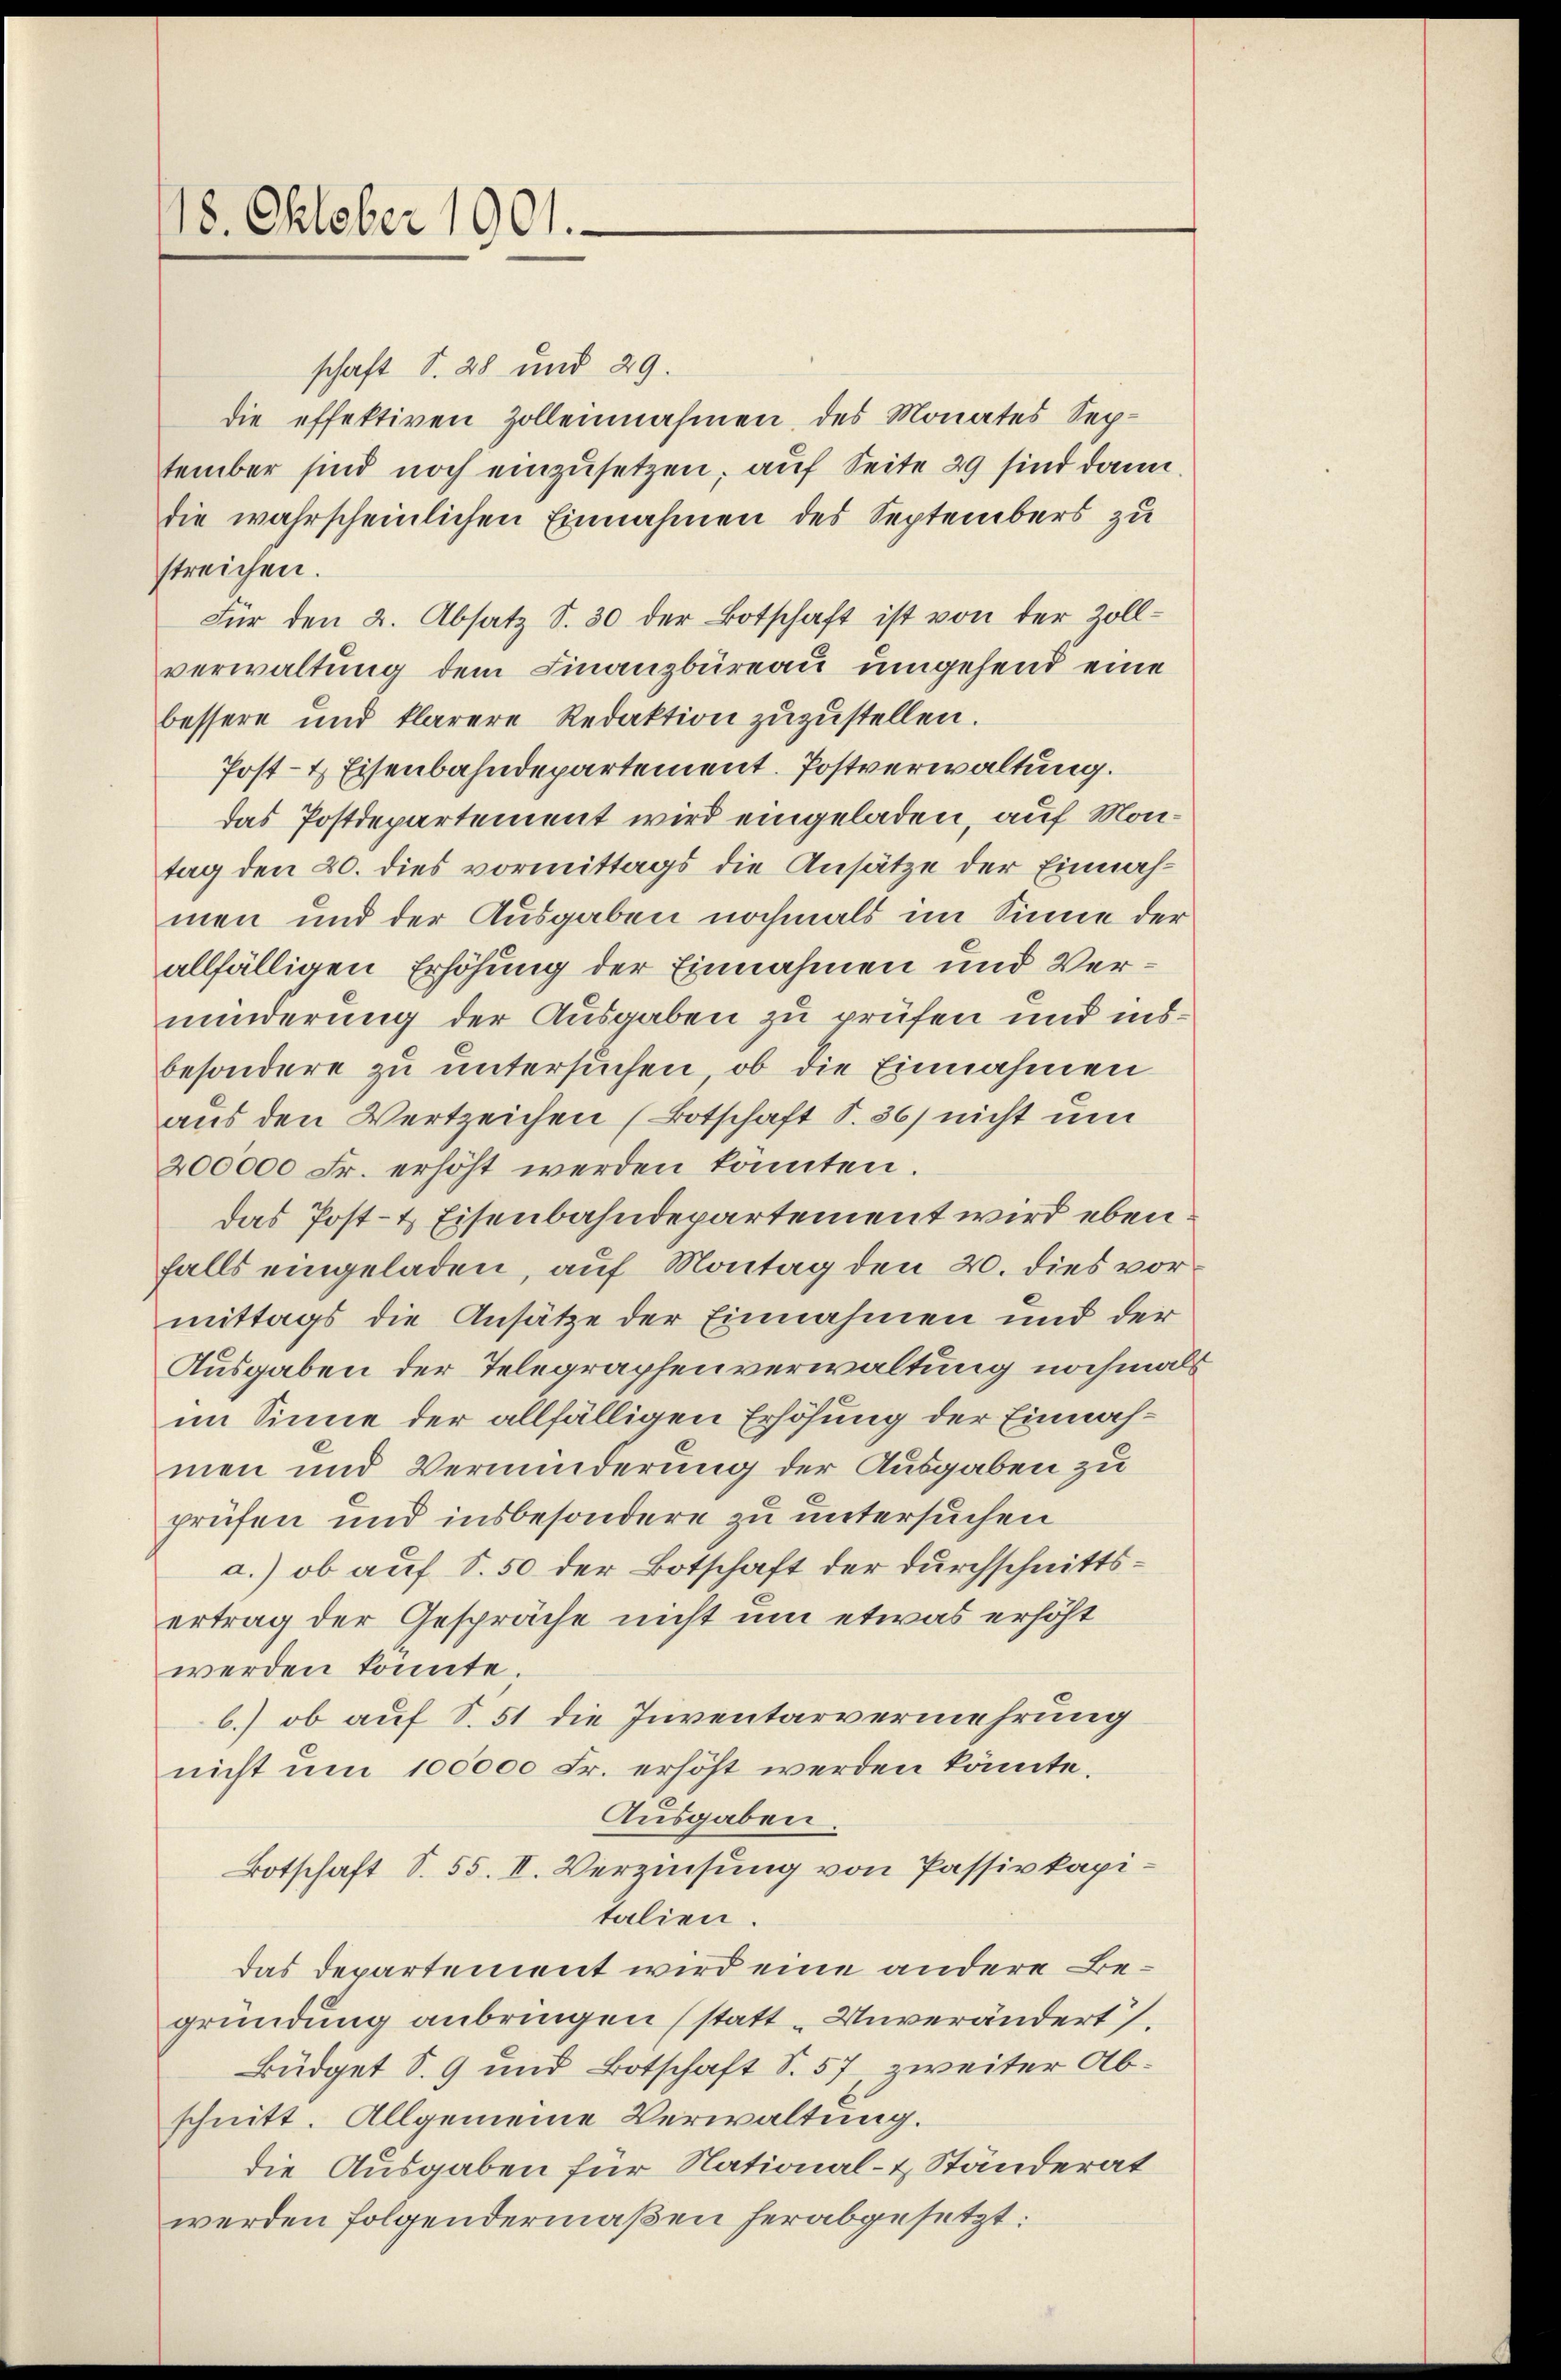
18. Oktober 1901.

schaft S. 28 und 29.
die effektiven Zolleinnahmen, des Monates September sind noch einzusetzen, auf Seite 29 sind dann
die wahrscheinlichen Einnahmen des Septembers zu
streichen.
Für den 2. Absatz S. 30 der Botschaft ist von der Zoll-
verwaltung dem Finanzbüreau umgehend eine
bessere und klarere Redaktion zuzustellen.
Post- & Eisenbahndepartement. Postverwaltung.
Das Postdepartement wird eingeladen, auf Montag den 20. dies vormittags die Ansätze der Einnahmen und der Ausgaben nochmals im Sinne der
allfälligen Erhöhung der Einnahmen und Verminderung der Ausgaben zu prüfen und insbesondere zu untersuchen, ob die Einnahmen
aus den Wertzeichen (Botschaft S. 36) nicht um
200000 Fr. erhöht werden könnten.
das Post- & Eisenbahndepartement wird ebenfalls eingeladen, auf Montag den 20. dies vormittags die Ansätze der Einnahmen und der
Ausgaben der Telegraphenverwaltung nochmals
im Sinne der allfälligen Erhöhung der Einnahmen und Verminderung der Ausgaben zu
prüfen und insbesondere zu untersuchen
a.) ob auf S. 50 der Botschaft der durchschnittsertrag der Gespräche nicht um etwas erhöht
werden könnte.
b.) ob auf S. 51 die Inventarvermehrung
nicht um 100000 Fr. erhöht werden könnte.
Ausgaben.
Botschaft S. 55. II. Verzinsung von Passivkapitalien.
das Departement wird eine andere Begründung anbringen (statt „Unverändert.
Büdget S. 9 und Botschaft S. 57, zweiter Abschnitt. Allgemeine Verwaltung.
die Ausgaben für National- & Ständerat
werden folgendermaßen herabgesetzt: